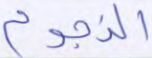
النجوم